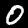
Label: 0